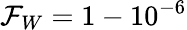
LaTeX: \mathcal{F}_{W}=1-10^{-6}